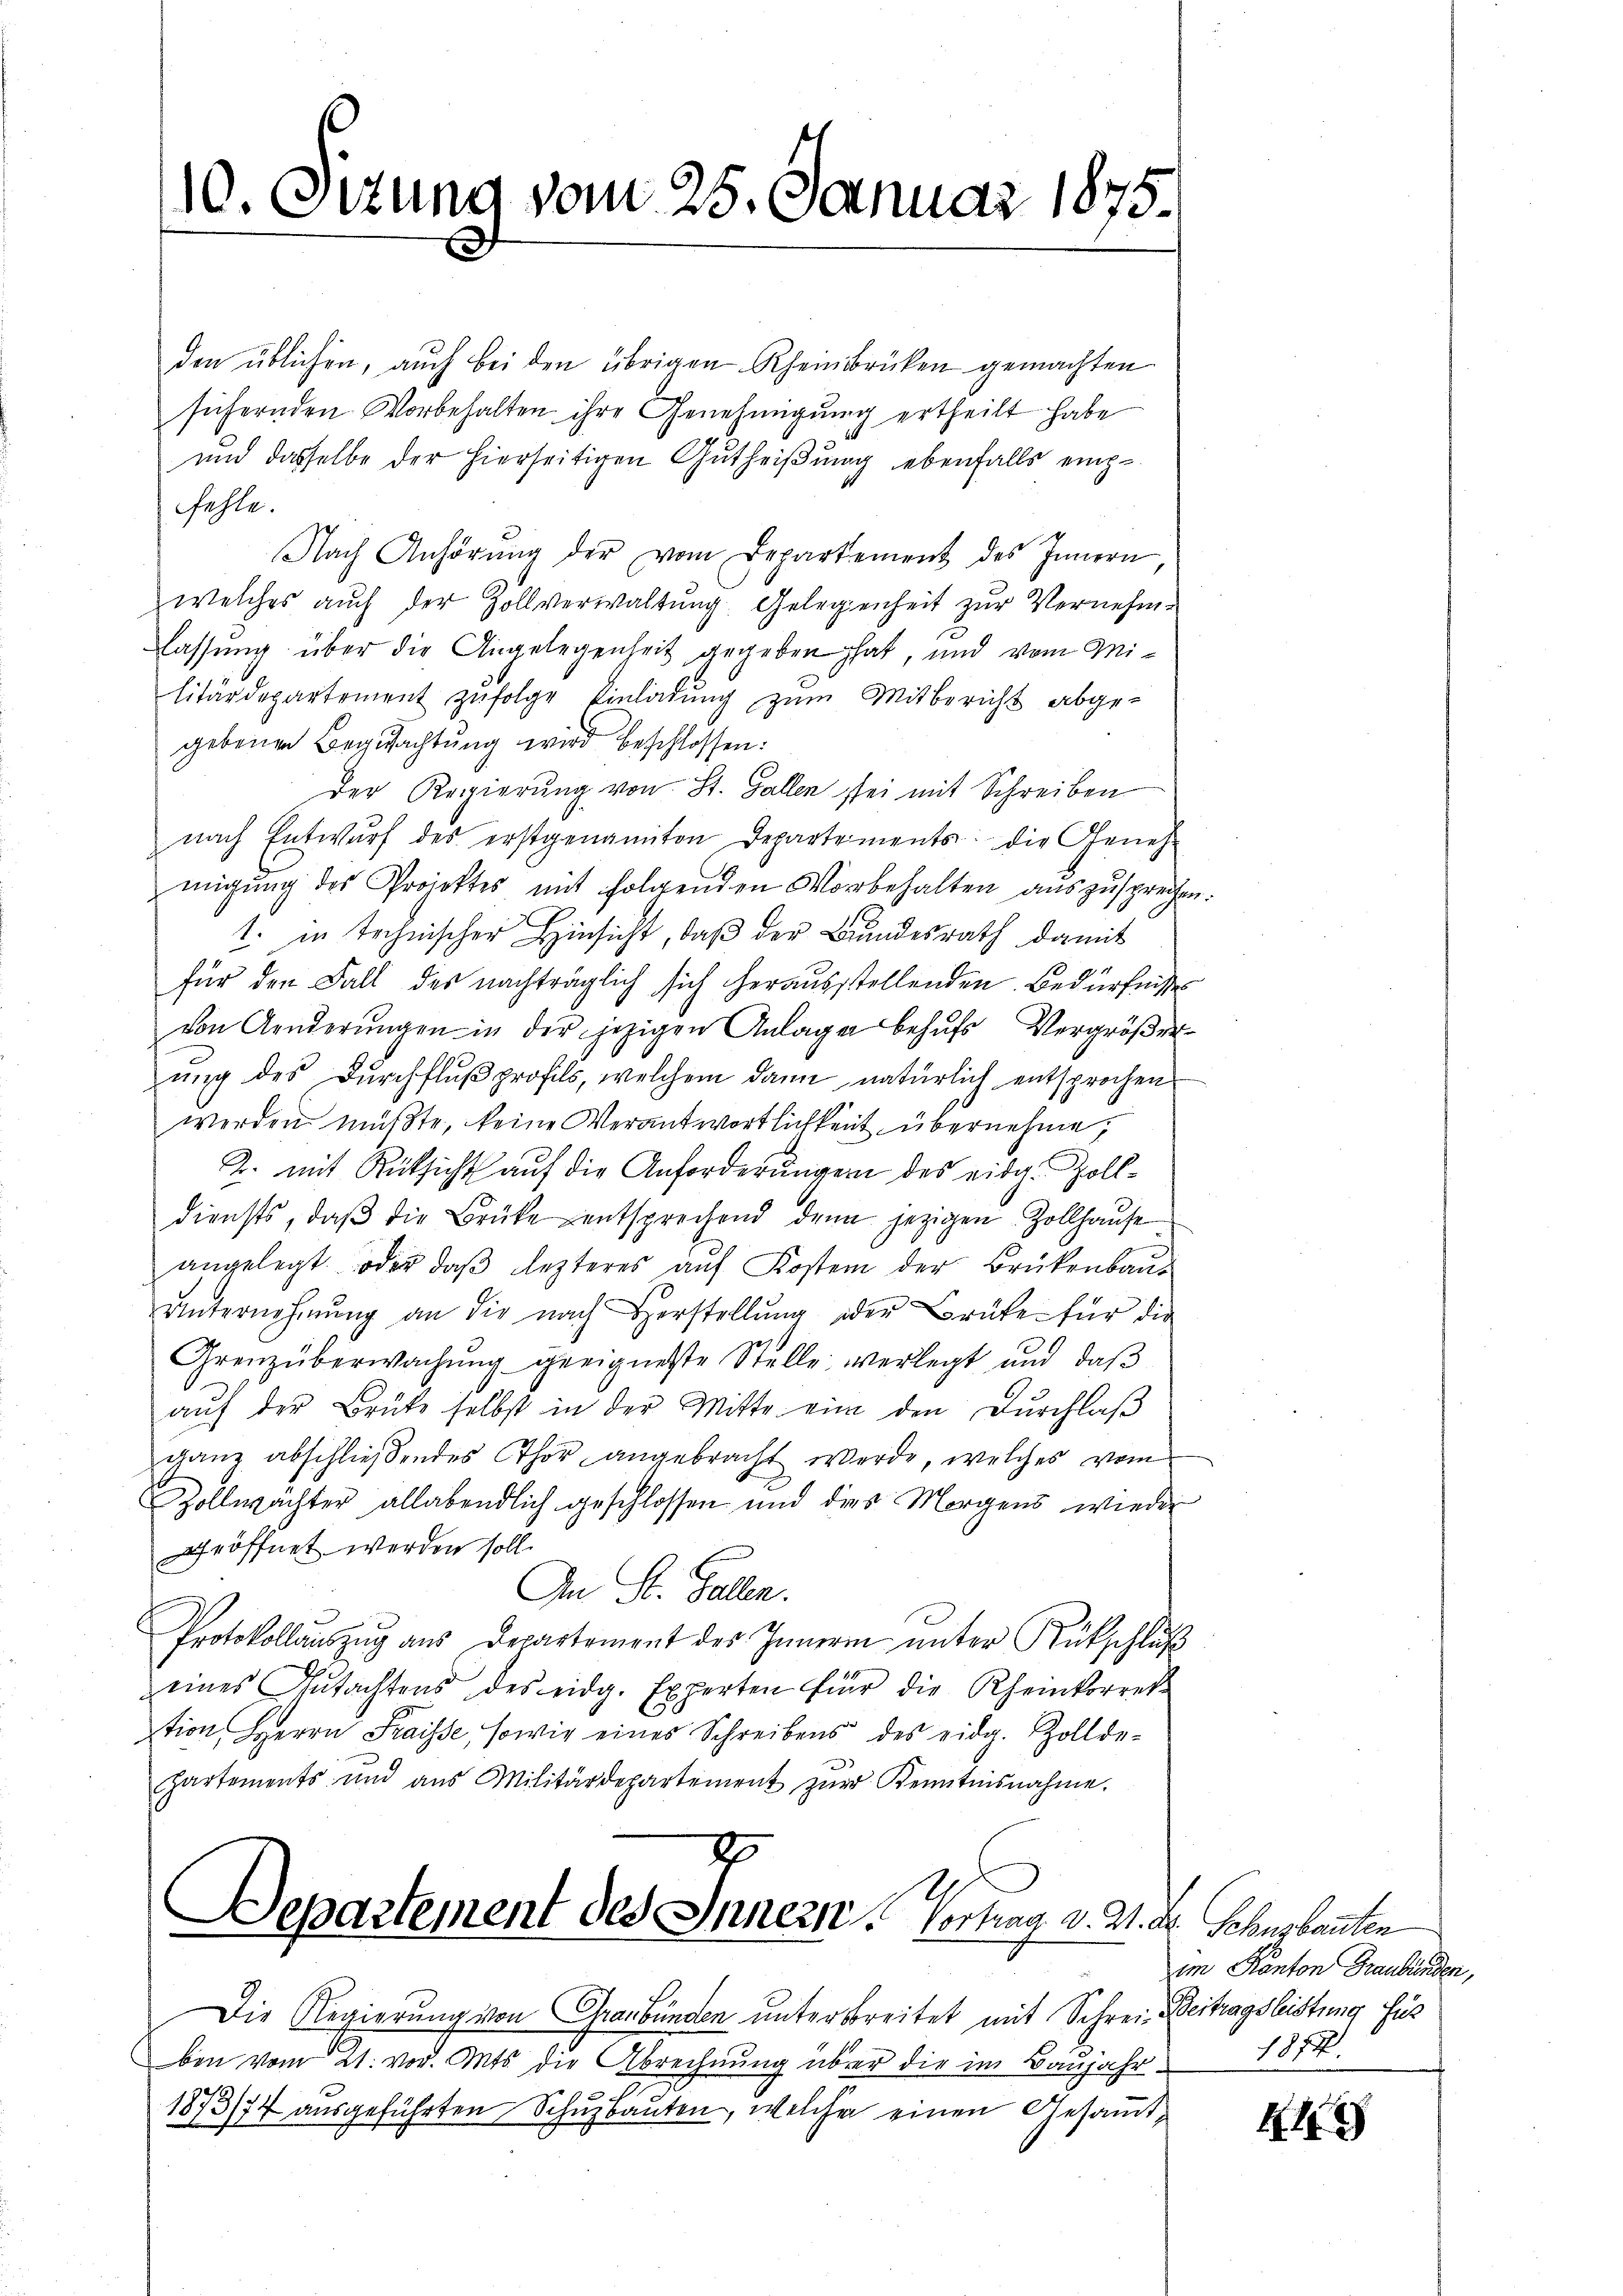
10. Ottung vom 25. Januar 1875

den üblichen, auch bei den übrigen Rheinbrücken gemachten
sichernden Vorbehalten ihre Genehmigung ertheilt habe
und dasselbe der hierseitigen Gutheißung ebenfalls einze
fehle.
e
Nach Anhörŭng der vom Departement des Innern,
welches auch der Zollverwaltung. Gelegenheit zur Vernehm-
lassung über die Angelegenheit gegeben hat, und vom Militärdepartement zŭfolge Einladŭng zŭm Mitbericht abge-
gebenen Begutachtung wird beschlossen:
der Regierung von St. Gallen sei mit Schreiben
nach Entwŭrf des erstgenannten Departements die Geneh-
migŭng des Projektes mit folgenden Vorbehalten auszusprechen
1. in technischer Hinsicht, daβ der Bundesrath damit
für den Fall des nachträglich sich herausstellenden Bedürfnisse
von Aenderŭngen in der jezigen Anlage behŭfs Vergröβer
ung des Durchflußprofils, welchem dann natürlich entsprochen
werden müßte, keine Verantwortlichkeit übernehme,
2. mit Rücksicht auf die Anforderungen des eidg. Zolldiensts, daβ die Brücke entsprechend denn jezigen Zollhaŭse
angelegt oder daβ lezteres auf Kosten der Brükenbaue
ŭnternehmŭng an die nach Herstellŭng der Brüke für die
Grenzüberwachung geeigneste Stelle verlegt und daß
aŭf der Brüke selbst in der Mitte eine den Dŭrchlaβ
ganz abschließendes Thor angebracht werde, welches vom
Zollmächter allabendlich geschlossen und dies Morgens wieder
geöffnet werden soll.
An St. Gallen.
Protokollauszug aus Departement des Innern ŭnter Rückschluß
eines Gŭtachtens des eidg. Experten für die Rheinkorrek-
tion, Herrn Fraisse, sowie eines Schreibens des eidg. Zollde-
hartements und aus Militärdepartement zŭr Kenntnisnahme.
1
Departement des Innern. Vortrag v. M. Dr. Gebugbauten

Die Regierung von Graubünden untersbreitet mit Schrei- Beitragsleistung für
ben vom 21. vor. Mts. die Abrechnung über die im Baŭjahr
1873/74 ausgeführten Schuzbauten, welcher einen Gesammt¬

im Kanton Graubünden,
1877.

4